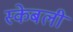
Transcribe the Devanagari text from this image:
स्केबली